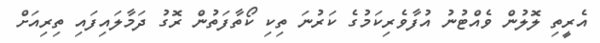
އެރީތި ލޮލުން ވެއްޓުނު އުފާވެރިކަމުގެ ކަރުނަ ތިކި ކޯތާފަތުން ރޮގު ދަމާލައިފައި ތިރިއަށް